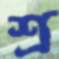
শ্র